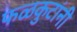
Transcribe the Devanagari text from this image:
फळकुटांनी